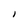
Character: l